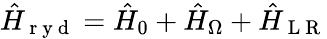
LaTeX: \hat{H}_{\mathrm{~r~y~d~}}=\hat{H}_{0}+\hat{H}_{\Omega}+\hat{H}_{\mathrm{~L~R~}}